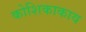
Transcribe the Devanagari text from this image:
कोशिकाकाय